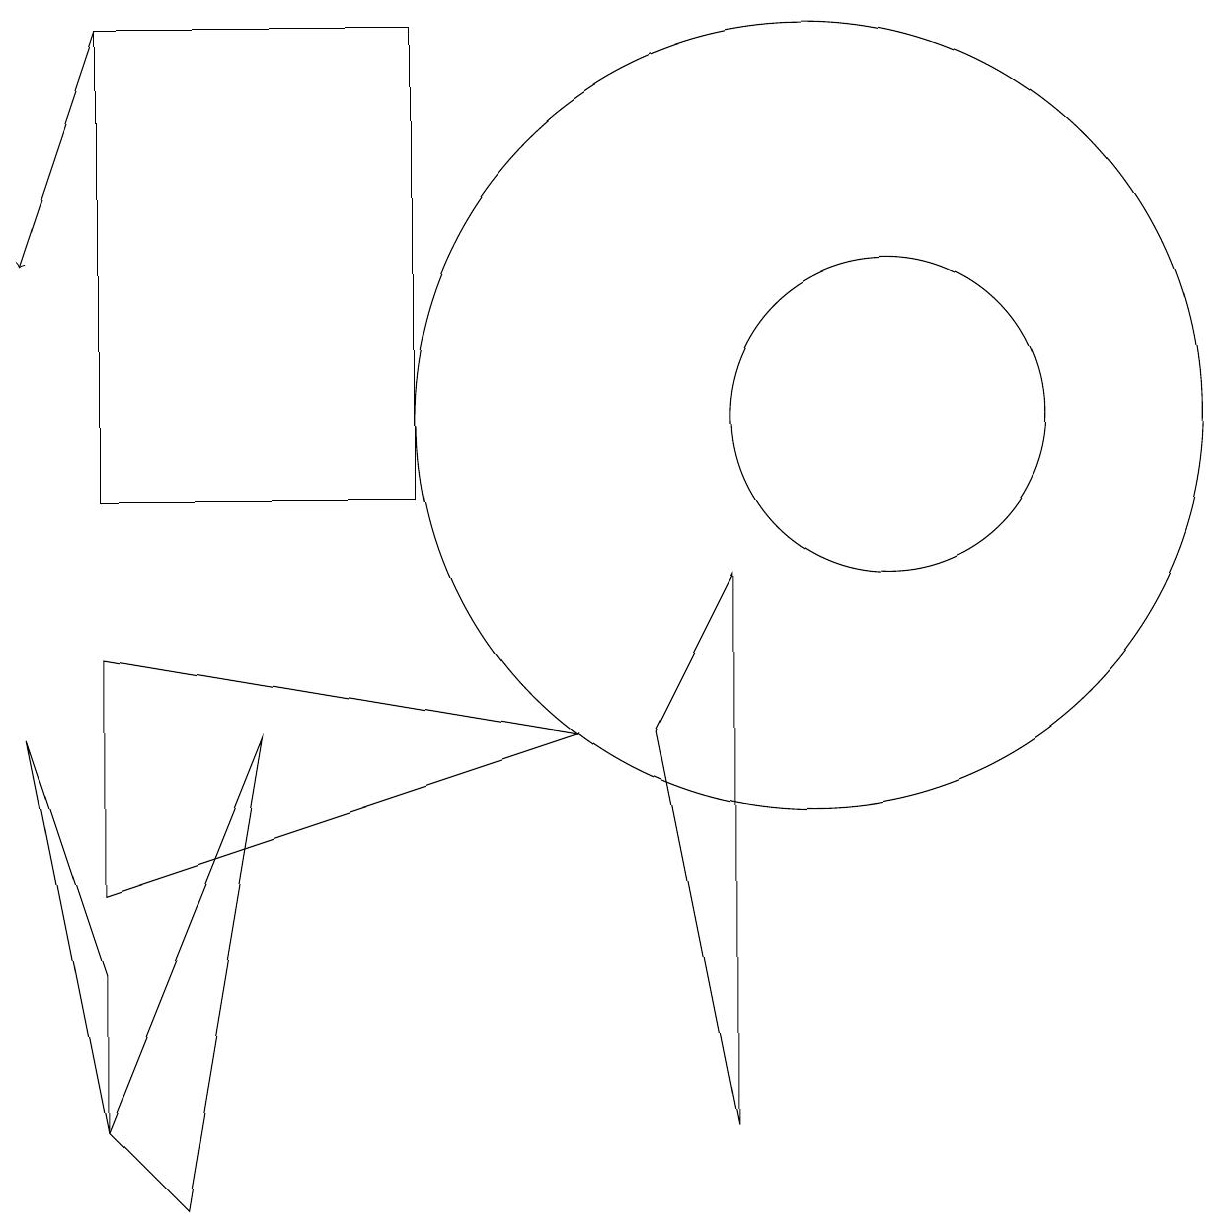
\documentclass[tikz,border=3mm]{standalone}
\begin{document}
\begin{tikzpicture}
\draw (8,7) -- (9,2) -- (9,9) -- cycle;
\draw (5,10) rectangle (1,16);
\draw (11,11) circle (2);
\draw (2,1) -- (3,7) -- (1,2) -- cycle;
\draw (1,8) -- (7,7) -- (1,5) -- cycle;
\draw (1,2) -- (1,4) -- (0,7) -- cycle;
\draw[->] (1,16) -- (0,13);
\draw (10,11) circle (5);
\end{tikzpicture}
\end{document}